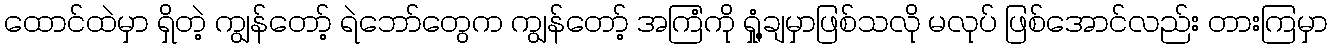
ထောင်ထဲမှာ ရှိတဲ့ ကျွန်တော့် ရဲဘော်တွေက ကျွန်တော့် အကြံကို ရှုံ့ချမှာဖြစ်သလို မလုပ် ဖြစ်အောင်လည်း တားကြမှာ